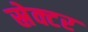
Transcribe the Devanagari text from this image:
स्रेक्टर